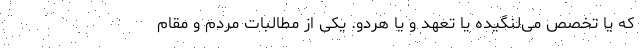
که یا تخصص می‌لنگیده یا تعهد و یا هردو. یکی از مطالبات مردم و مقام